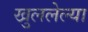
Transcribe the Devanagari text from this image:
खुललेल्या